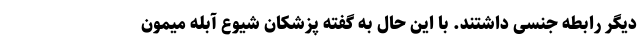
دیگر رابطه جنسی داشتند. با این حال به گفته پزشکان شیوع آبله میمون